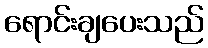
ရောင်းချပေးသည်